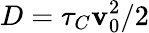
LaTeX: D=\tau_{C}\mathbf{v}_{0}^{2}/2